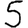
Digit: 5